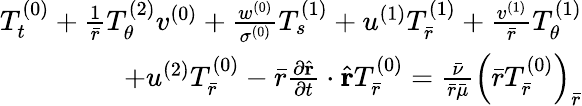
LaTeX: \begin{array}{r}{T_{t}^{(0)}+\frac{1}{\bar{r}}T_{\theta}^{(2)}v^{(0)}+\frac{w^{(0)}}{\sigma^{(0)}}T_{s}^{(1)}+u^{(1)}T_{\bar{r}}^{(1)}+\frac{v^{(1)}}{\bar{r}}T_{\theta}^{(1)}}\\ {+u^{(2)}T_{\bar{r}}^{(0)}-\bar{r}\frac{\partial\hat{\mathbf{r}}}{\partial t}\cdot\hat{\mathbf{r}}T_{\bar{r}}^{(0)}=\frac{\bar{\nu}}{\bar{r}\bar{\mu}}\left(\bar{r}T_{\bar{r}}^{(0)}\right)_{\bar{r}}}\end{array}